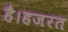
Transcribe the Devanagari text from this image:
है।हजरत